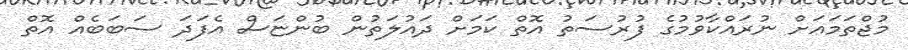
މުޖްތަމައަށް ނުރައްކާވުމުގެ ފުރުސަތު އޮތް ކަމަށް ދައުލަތުން ބުންޏަސް އެފަދަ ސަބަބެއް އޮތް